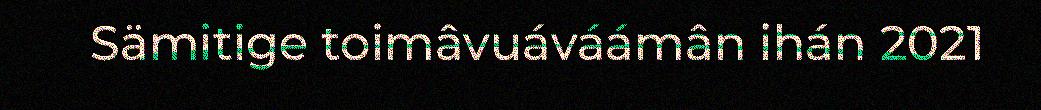
Sämitige toimâvuáváámân ihán 2021